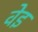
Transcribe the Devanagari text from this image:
वेइ